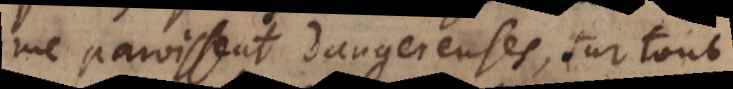
me paroissent dangereuses, sur tout